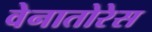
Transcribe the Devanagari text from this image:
वेनातोरेस